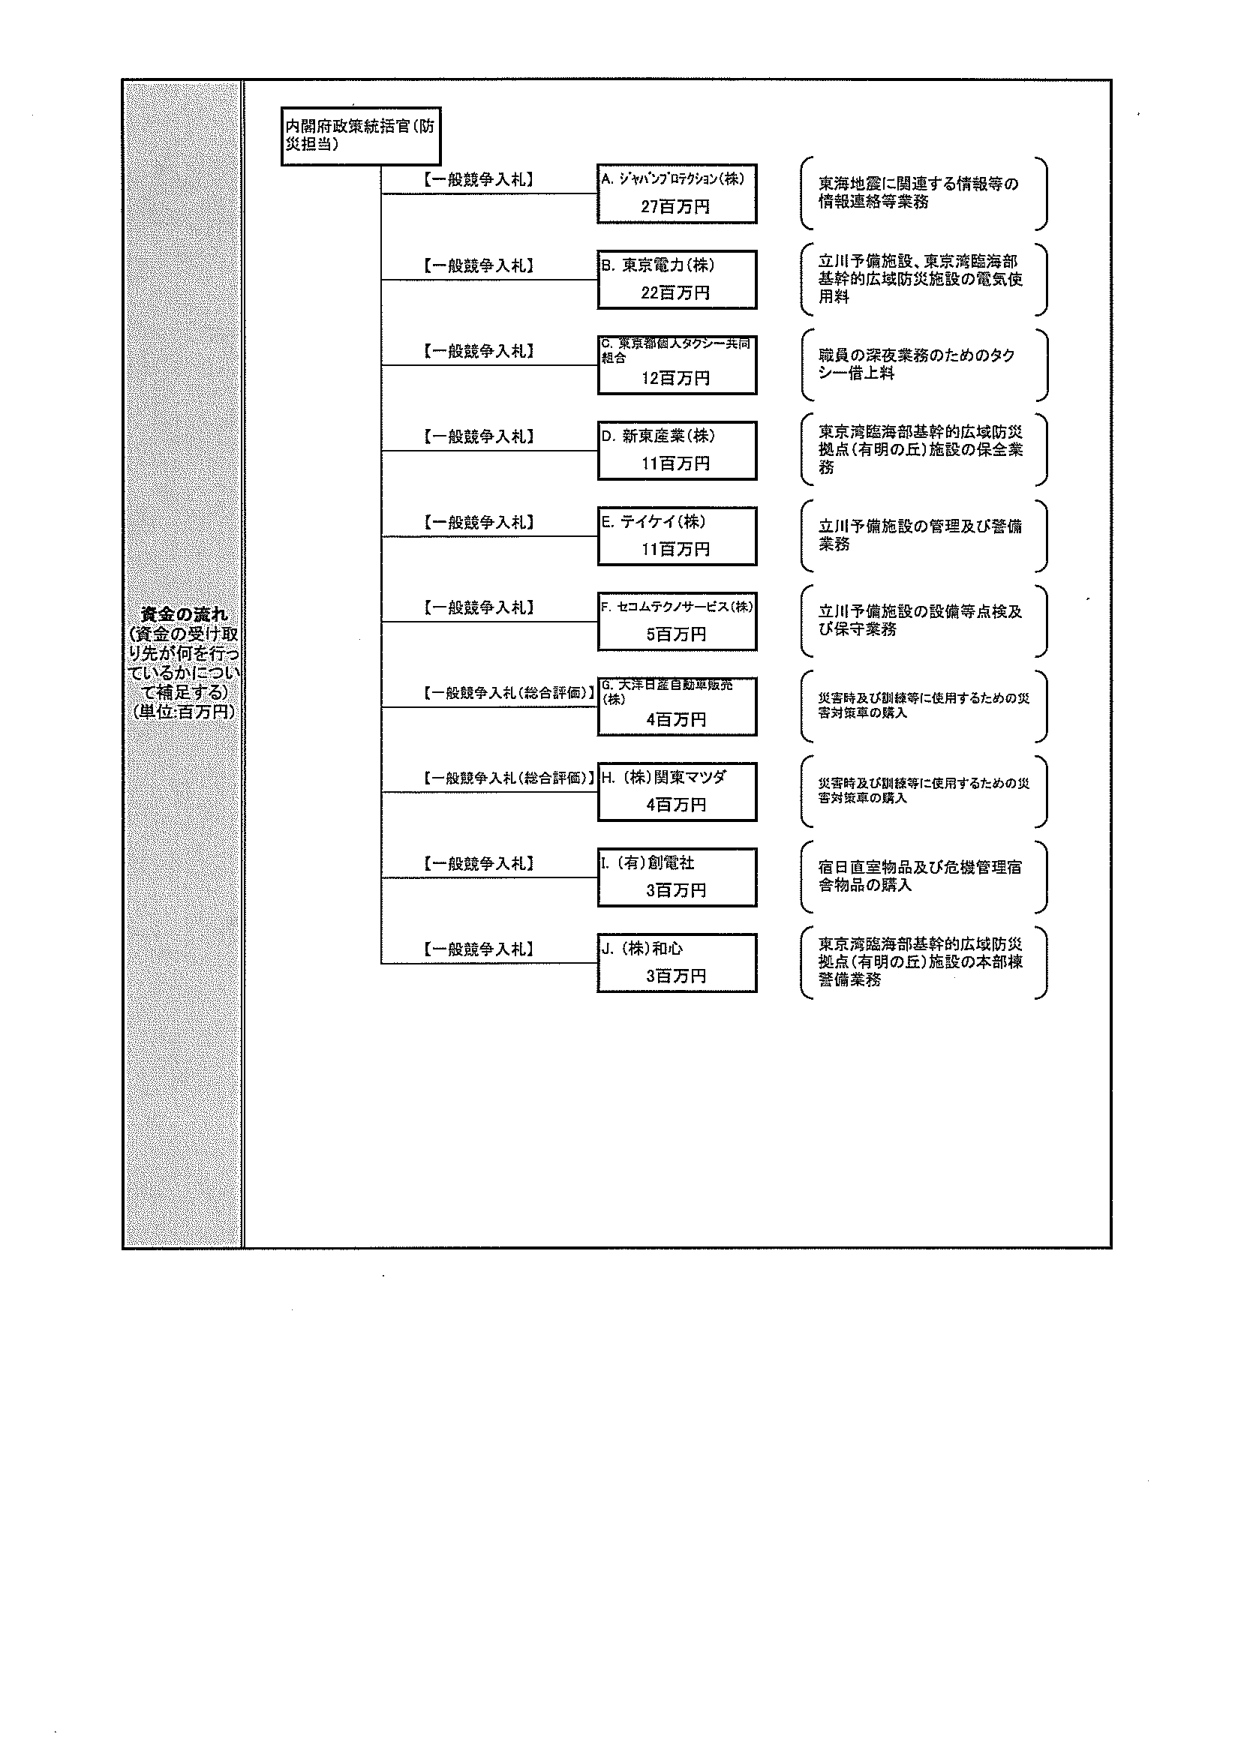
資金の流れ
(資金の受け取り先が何を行っているかについて補足する)
(単位:百万円)

内閣府政策統括官(防災担当)

【一般競争入札】
A. ジャパンプロテクション(株)
27百万円
(東海地震に関連する情報等の情報連絡等業務)

【一般競争入札】
B. 東京電力(株)
22百万円
(立川予備施設、東京湾臨海部基幹的広域防災施設の電気使用料)

【一般競争入札】
C. 東京都個人タクシー共同組合
12百万円
(職員の深夜業務のためのタクシー借上料)

【一般競争入札】
D. 新東産業(株)
11百万円
(東京湾臨海部基幹的広域防災拠点(有明の丘)施設の保全業務)

【一般競争入札】
E. テイケイ(株)
11百万円
(立川予備施設の管理及び警備業務)

【一般競争入札】
F. セコムテクノサービス(株)
5百万円
(立川予備施設の設備等点検及び保守業務)

【一般競争入札(総合評価)】
G. 大洋日産自動車販売(株)
4百万円
(災害時及び訓練等に使用するための災害対策車の購入)

【一般競争入札(総合評価)】
H. (株)関東マツダ
4百万円
(災害時及び訓練等に使用するための災害対策車の購入)

【一般競争入札】
I. (有)創電社
3百万円
(宿日直室物品及び危機管理宿舎物品の購入)

【一般競争入札】
J. (株)和心
3百万円
(東京湾臨海部基幹的広域防災拠点(有明の丘)施設の本部棟警備業務)